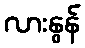
လားနွန်